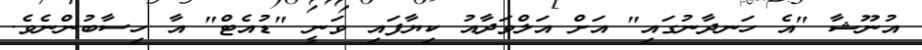
އުނޫޝާ "އެ ހަނދާނުގައި" އަށް އަލްވަދާއު ކިޔާފައި ވަނީ "ޑުއެޓް" އާ ހިސާބުންނެވެ.